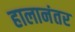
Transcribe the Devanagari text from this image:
हालानंतर